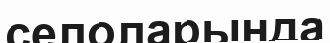
селоларында